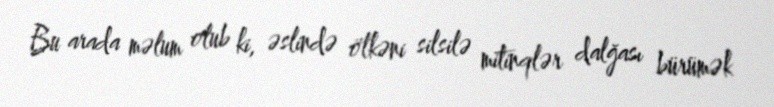
Bu arada məlum olub ki, əslində ölkəni silsilə mitinqlər dalğası bürümək